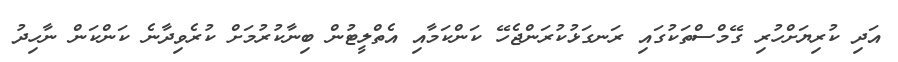
އަދި ކުރިޔަށްހުރި ގޭމްސްތަކުގައި ރަނގަޅުކުރަންޖެހޭ ކަންކަމާއި އެތްލީޓުން ބިނާކުރުމަށް ކުރެވިދާނެ ކަންކަން ނާހިދު